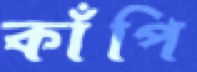
কাঁপি